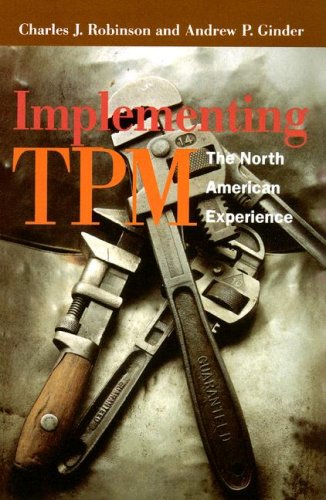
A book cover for Implementing TPM: The North American Experience; Andrew Ginder; Business & Money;